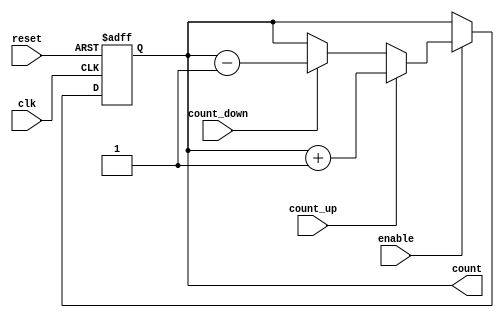
module ChainedParallelCounter (
    input wire clk,          // Clock signal
    input wire reset,        // Asynchronous reset
    input wire enable,       // Enable signal
    input wire count_up,     // Count up signal
    input wire count_down,   // Count down signal
    output reg [N-1:0] count // Counter output
);
    parameter N = 4; // Number of bits in the counter (adjust as needed)

    // Chained Configuration
    // D flip-flops for each bit of the counter
    reg [N-1:0] next_count;

    always @(posedge clk or posedge reset) begin
        if (reset) begin
            count <= 0; // Initialize counter to zero on reset
        end else if (enable) begin
            count <= next_count; // Update counter on enable
        end
    end

    // Combinational logic to determine the next state
    always @(*) begin
        if (count_up) begin
            next_count = count + 1; // Increment count
        end else if (count_down) begin
            next_count = count - 1; // Decrement count
        end else begin
            next_count = count; // Hold current count
        end
    end

endmodule